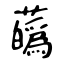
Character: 蘤